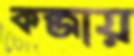
কব্জায়